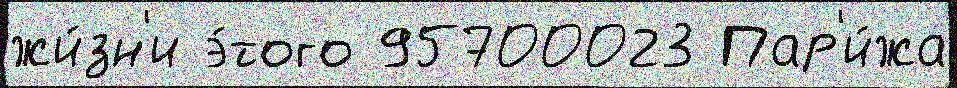
жи́зн'и э́того 95700023 Пар'и́жа